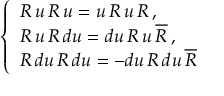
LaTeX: \left\{ \begin{array} { l } { { R \, u \, R \, u = u \, R \, u \, R \, , } } \\ { { R \, u \, R \, d u = d u \, R \, u \, \overline { { { R } } } \, , } } \\ { { R \, d u \, R \, d u = - d u \, R \, d u \, \overline { { { R } } } } } \end{array} \right.